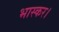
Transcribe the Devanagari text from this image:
भास्कर।